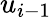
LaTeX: u_{i-1}